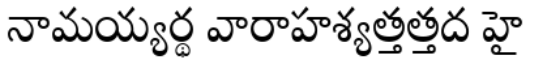
నామయ్యర్థ వారాహశ్యత్తత్తద హై